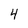
Character: 4